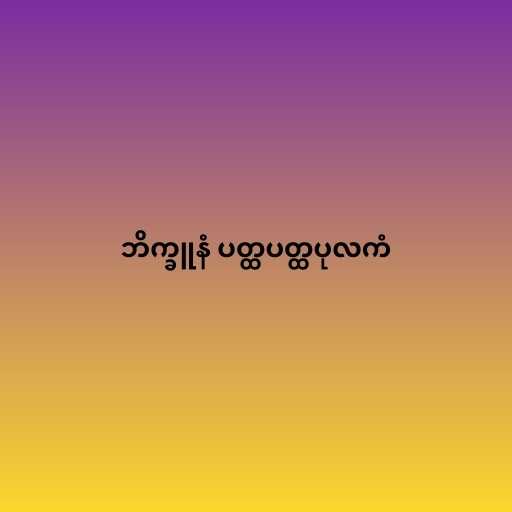
ဘိက္ခူနံ ပတ္ထပတ္ထပုလကံ